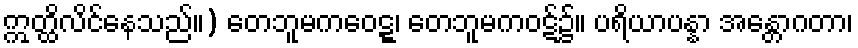
ဣတ္ထိလိင်နေသည်။) တေဘူမကဝေဋ္ဋ၊ တေဘူမကဝဋ်၌။ ပရိယာပန္နာ အန္တောဂတာ၊